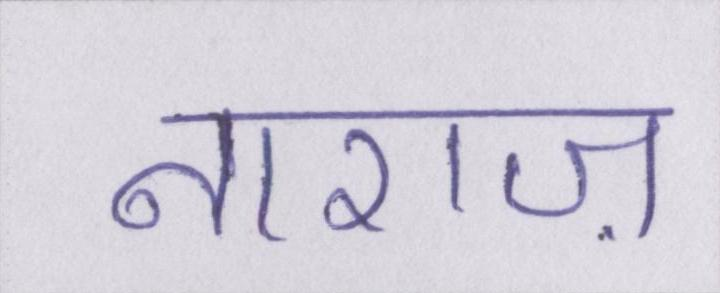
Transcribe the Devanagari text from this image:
नाराज़